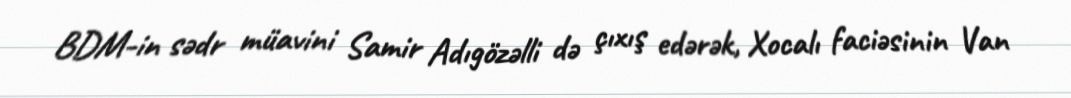
BDM-in sədr müavini Samir Adıgözəlli də çıxış edərək, Xocalı faciəsinin Van